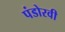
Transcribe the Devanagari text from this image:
पंडोरवी